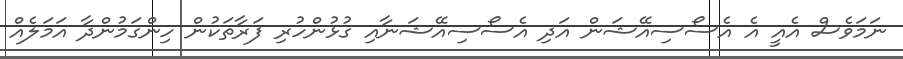
ނަމަވެސް އެއީ އެ އެސޯސިއޭޝަން އަދި އެސޯސިއޭޝަނާއި ގުޅުންހުރި ފަރާތަކުން ހިންގަމުންދާ އަމަލެއް